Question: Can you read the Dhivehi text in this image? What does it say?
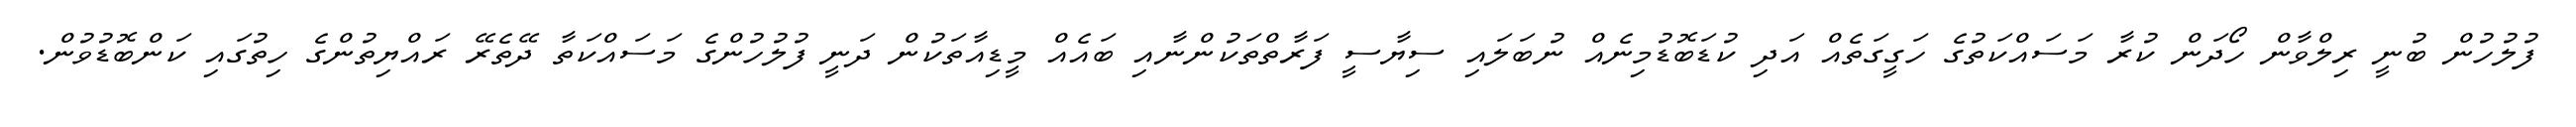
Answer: ފުލުހުން ބުނީ ރިލްވާން ހޯދަން ކުރާ މަސައްކަތުގެ ހަގީގަތެއް އަދި ކުޑަބޮޑުމިނެއް ނުބަލައި ސިޔާސީ ފަރާތްތަކުންނާއި ބައެއް މީޑިއާތަކުން ދަނީ ފުލުހުންގެ މަސައްކަތާ ދޭތެރޭ ރައްޔިތުންގެ ހިތުގައި ކަންބޮޑުވުން.